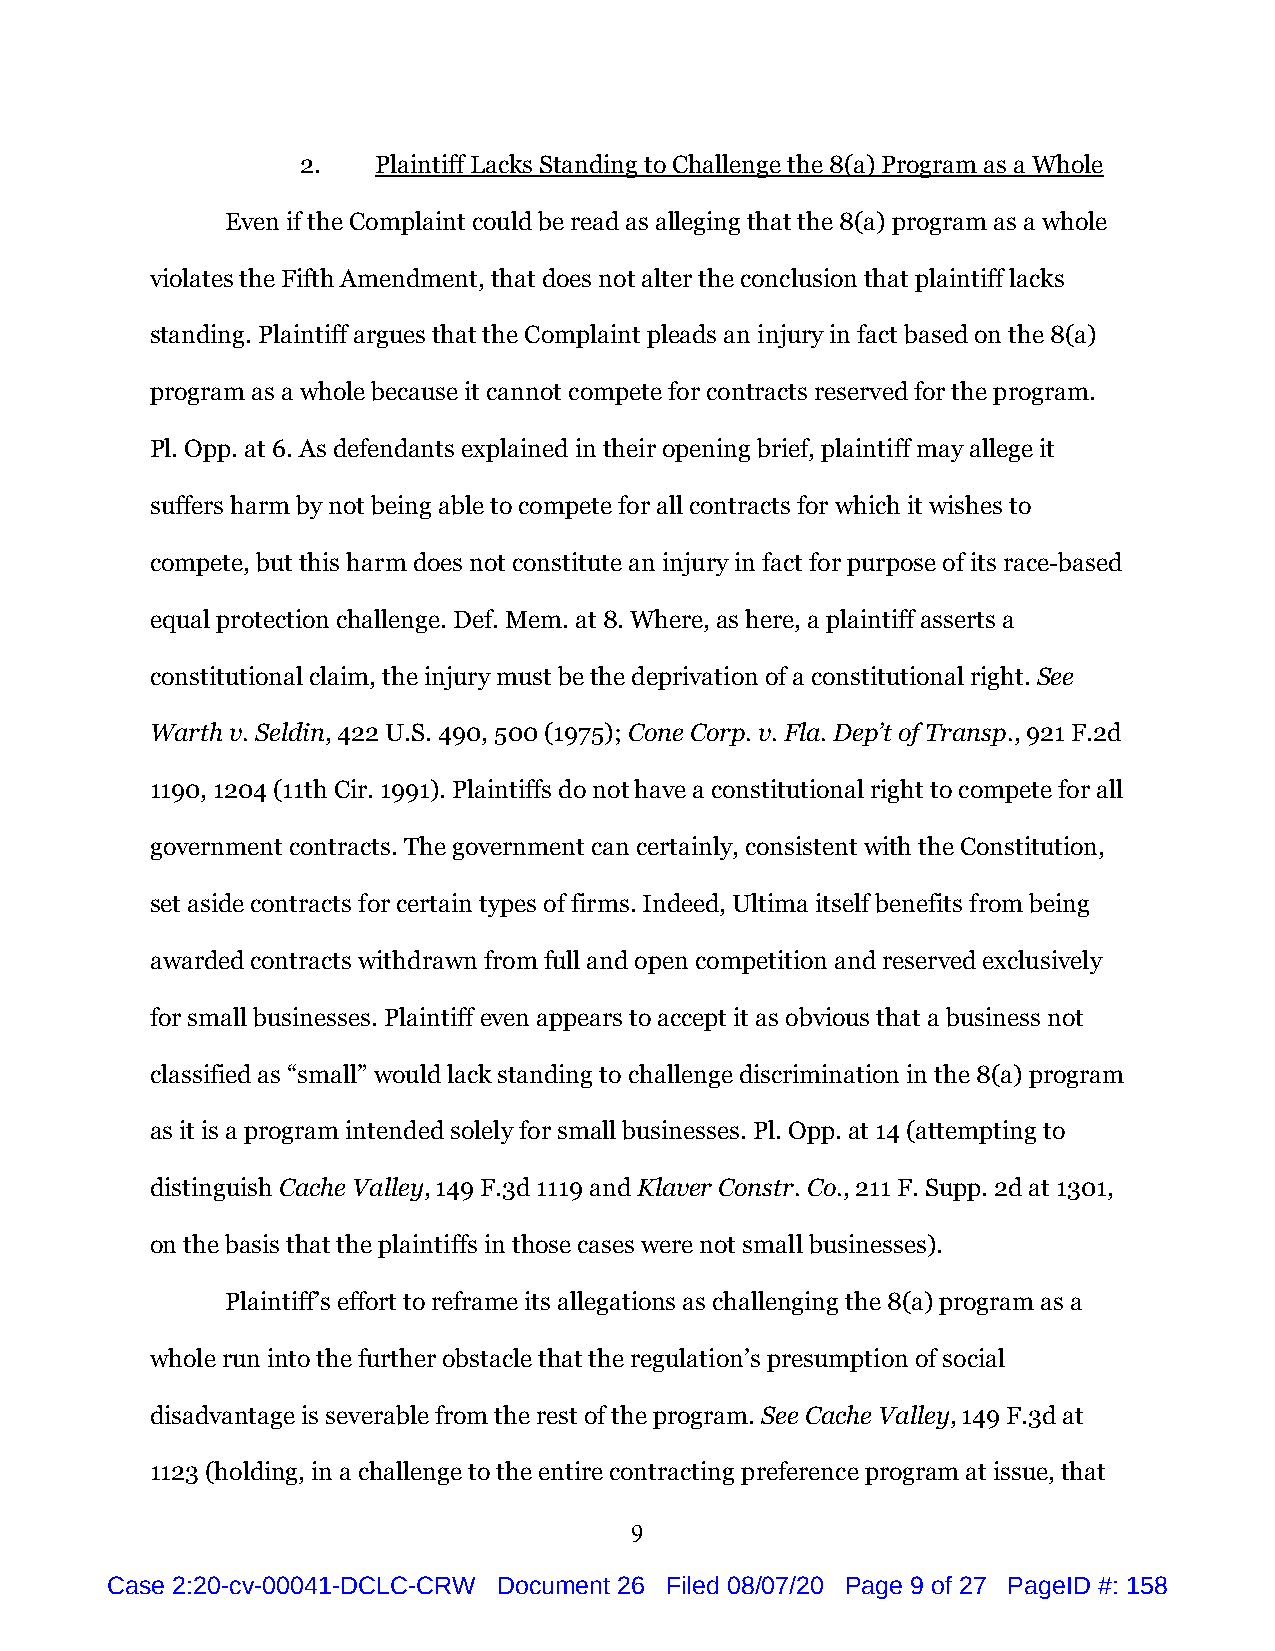
2.   Plaintiff Lacks Standing to Challenge the 8(a) Program as a Whole
 Even if the Complaint could be read as alleging that the 8(a) program as a whole
 violates the Fifth Amendment, that does not alter the conclusion that plaintiff lacks
 standing. Plaintiff argues that the Complaint pleads an injury in fact based on the 8(a)
 program as a whole because it cannot compete for contracts reserved for the program.
 Pl. Opp. at 6. As defendants explained in their opening brief, plaintiff may allege it
 suffers harm by not being able to compete for all contracts for which it wishes to
 compete, but this harm does not constitute an injury in fact for purpose of its race-based
 equal protection challenge. Def. Mem. at 8. Where, as here, a plaintiff asserts a
 constitutional claim, the injury must be the deprivation of a constitutional right. See
 Warth v. Seldin, 422 U.S. 490, 500 (1975); Cone Corp. v. Fla. Dep’t of Transp., 921 F.2d
 1190, 1204 (11th Cir. 1991). Plaintiffs do not have a constitutional right to compete for all
 government contracts. The government can certainly, consistent with the Constitution,
 set aside contracts for certain types of firms. Indeed, Ultima itself benefits from being
 awarded contracts withdrawn from full and open competition and reserved exclusively
 for small businesses. Plaintiff even appears to accept it as obvious that a business not
 classified as “small” would lack standing to challenge discrimination in the 8(a) program
 as it is a program intended solely for small businesses. Pl. Opp. at 14 (attempting to
 distinguish Cache Valley, 149 F.3d 1119 and Klaver Constr. Co., 211 F. Supp. 2d at 1301,
 on the basis that the plaintiffs in those cases were not small businesses).
 Plaintiff’s effort to reframe its allegations as challenging the 8(a) program as a
 whole run into the further obstacle that the regulation’s presumption of social
 disadvantage is severable from the rest of the program. See Cache Valley, 149 F.3d at
 1123 (holding, in a challenge to the entire contracting preference program at issue, that
 9
 Case 2:20-cv-00041-DCLC-CRW Document 26 Filed 08/07/20 Page 9 of 27 PageID #: 158